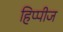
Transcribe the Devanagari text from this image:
हिप्पीज